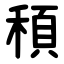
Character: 䅡